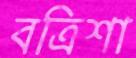
বত্রিশা